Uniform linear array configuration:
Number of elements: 4
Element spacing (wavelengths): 0.25
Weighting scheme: cosine
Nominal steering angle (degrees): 15
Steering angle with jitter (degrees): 15.938
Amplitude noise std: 0.05
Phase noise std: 0.05

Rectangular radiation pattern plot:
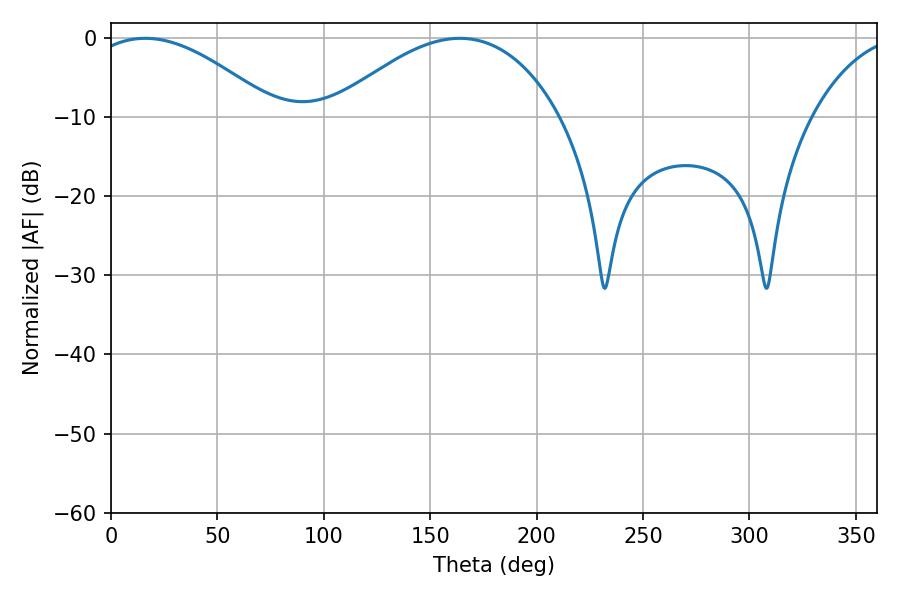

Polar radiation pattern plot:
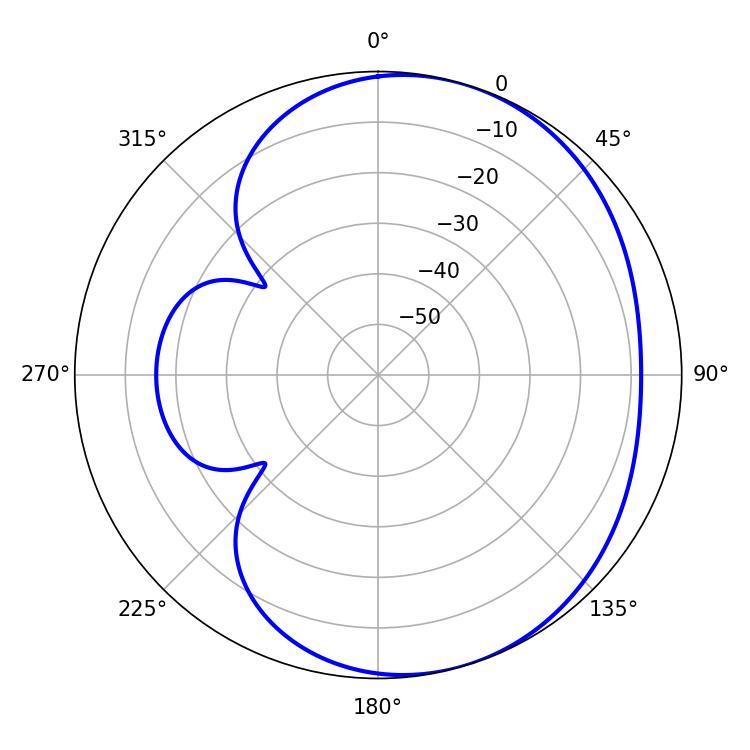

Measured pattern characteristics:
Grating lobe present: FALSE
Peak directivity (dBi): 4.234
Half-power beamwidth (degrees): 48.6
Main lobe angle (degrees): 16.02